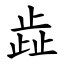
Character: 歮